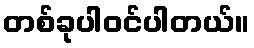
တစ်ခုပါဝင်ပါတယ်။